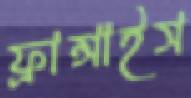
ফ্রান্সাইস